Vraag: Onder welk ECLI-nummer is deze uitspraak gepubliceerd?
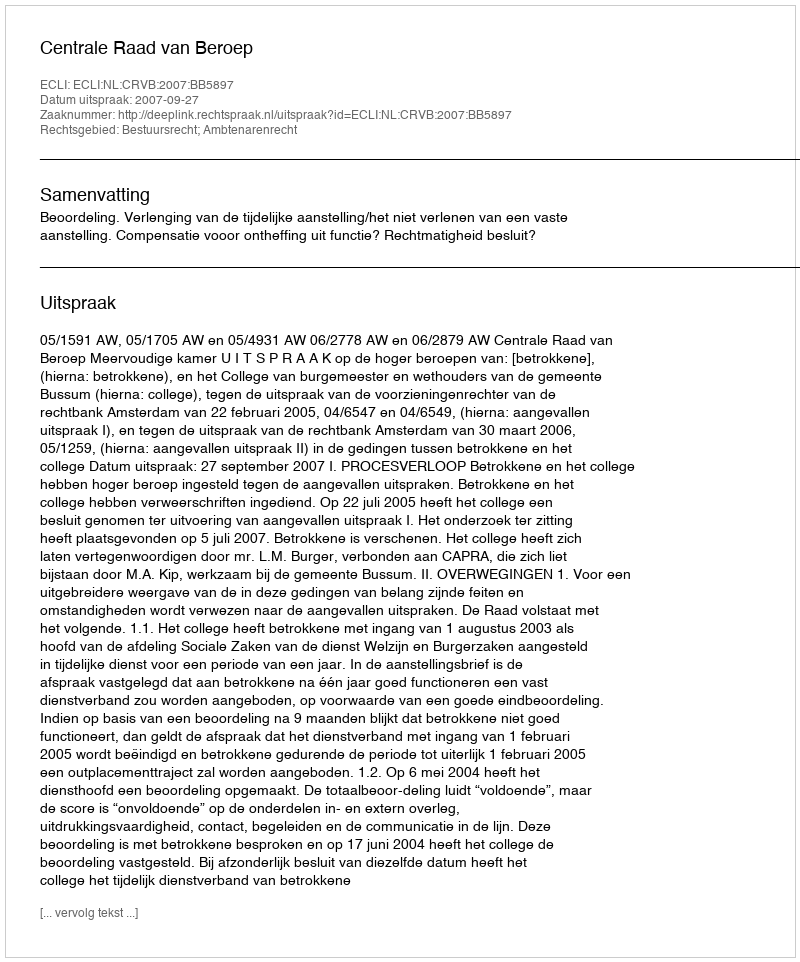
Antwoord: ECLI:NL:CRVB:2007:BB5897